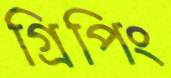
গ্রিপিং